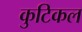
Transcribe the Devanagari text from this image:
कुटिकल